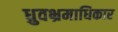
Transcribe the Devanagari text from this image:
ध्रुवभ्रमाधिकार